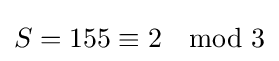
S=155\equiv 2\mod 3